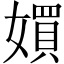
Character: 㜥